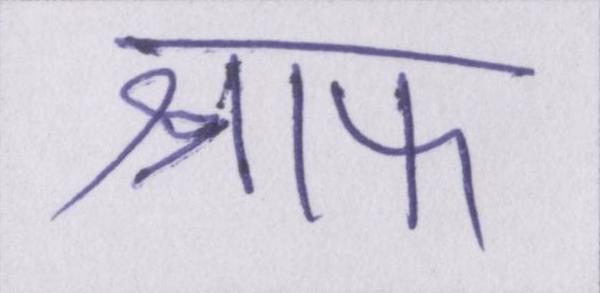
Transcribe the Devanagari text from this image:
श्राफ